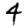
Digit: 4